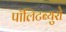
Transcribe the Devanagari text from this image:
पॉलिटब्युरो